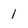
Character: 1